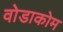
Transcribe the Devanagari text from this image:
वोडाकोम